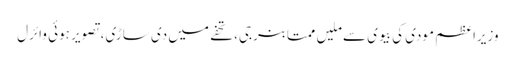
وزیراعظم مودی کی بیوی سے ملیں ممتا بنرجی، تحفے میں دی ساڑی، تصویر ہوئی وائرل